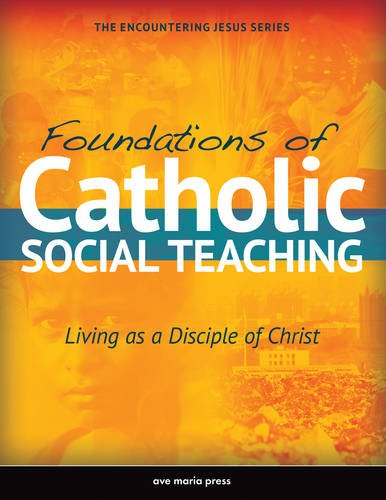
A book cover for Foundations of Catholic Social Teaching: Living as a Disciple of Christ; Ave Maria Press; Christian Books & Bibles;